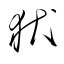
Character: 犾